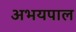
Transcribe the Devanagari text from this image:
अभयपाल